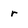
Character: r